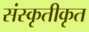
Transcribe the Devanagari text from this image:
संस्कृतीकृत